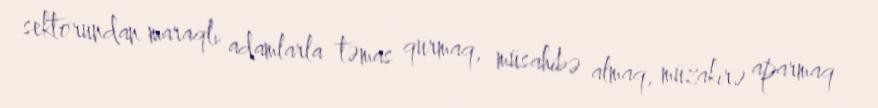
sektorundan maraqlı adamlarla təmas qurmaq, müsahibə almaq, müzakirə aparmaq